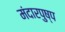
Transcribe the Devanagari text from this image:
मंदारपुष्प